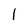
Character: l